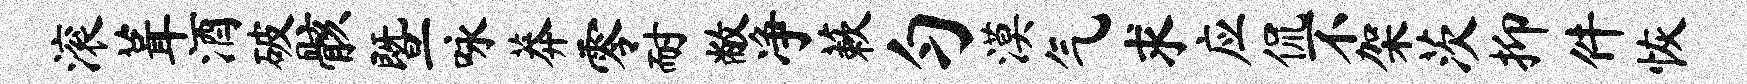
滚葺酒破骸暨咏莽零耐敝净蔌匀漠气求应侃不架茨抑件恢